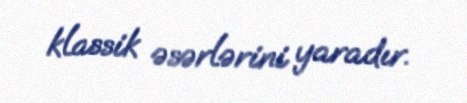
klassik əsərlərini yaradır.